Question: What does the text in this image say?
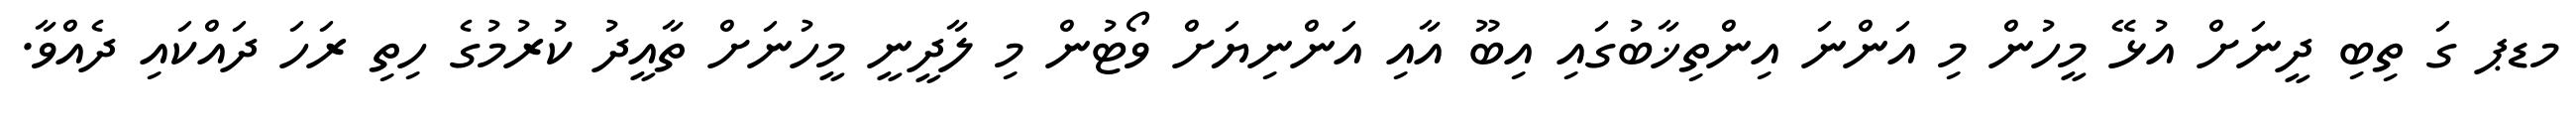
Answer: މޑޕ ގަ ތިބި ދީނަށް އުޅޭ މީހުން މި އަންނަ އިންތިޚާބުގައި އިބޫ އާއި އަންނިޔަށް ވޯޓުން މި ލާދީނީ މީހުނަށް ތާއީދު ކުރުމުގެ ހިތި ރަހަ ދައްކައި ދެއްވާ.